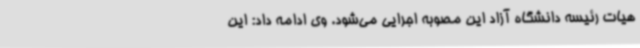
هیات رئیسه دانشگاه آزاد این مصوبه اجرایی می‌شود. وی ادامه داد: این